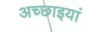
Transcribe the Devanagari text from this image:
अच्छाइयां